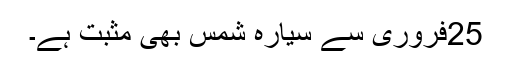
25فروری سے سیارہ شمس بھی مثبت ہے۔